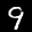
Label: 9